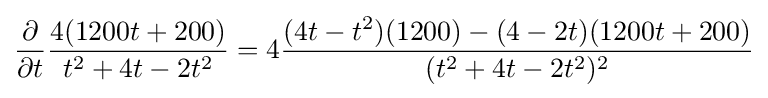
{\frac {\partial }{\partial t}}{\frac {4(1200t+200)}{t^{2}+4t-2t^{2}}}=4{\frac {(4t-t^{2})(1200)-(4-2t)(1200t+200)}{(t^{2}+4t-2t^{2})^{2}}}